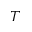
^ T